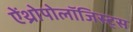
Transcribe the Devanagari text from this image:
ऐंथ्रोपोलॉजिस्ट्स